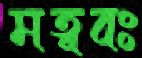
মত্ববঃ